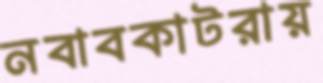
নবাবকাটরায়